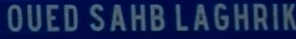
OUED SAHB LAGHRIK